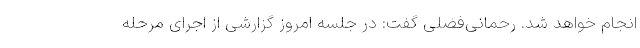
انجام خواهد شد. رحمانی‌فضلی گفت: در جلسه امروز گزارشی از اجرای مرحله